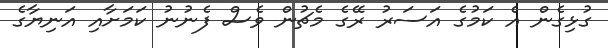
ގުޅިގެން އެ ކަމުގެ އަސަރު ރޭގެ މެޗުން ވެސް ފެނުނު ކަމަށާއި އަނިޔާގެ